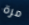
مرة